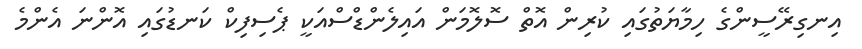
އިނގިރޭސީންގެ ހިމާޔަތުގައި ކުރިން އޮތް ސޮލޮމަން އައިލެންޑްސްއަކީ ޕެސިފިކް ކަނޑުގައި އޮންނަ އެންމެ